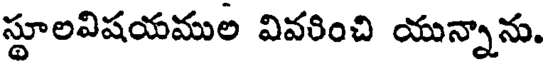
స్థూలవిషయముల వివరించి యున్నాను.